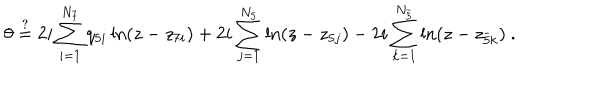
LaTeX: \theta \stackrel { ? } { = } 2 i \sum _ { i = 1 } ^ { N _ { 7 } } q _ { 5 i } \ln ( z - z _ { 7 i } ) + 2 i \sum _ { j = 1 } ^ { N _ { 5 } } \ln ( z - z _ { 5 j } ) - 2 i \sum _ { k = 1 } ^ { N _ { \bar { 5 } } } \ln ( z - z _ { \bar { 5 } k } ) \ .